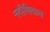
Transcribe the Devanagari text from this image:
नदीशिवाय